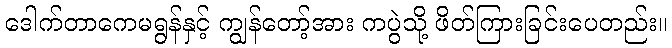
ဒေါက်တာကေမရွန်နှင့် ကျွန်တော့်အား ကပွဲသို့ ဖိတ်ကြားခြင်းပေတည်း။